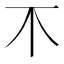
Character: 𣎴